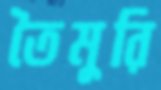
তৈমুরি